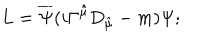
L = \overline { { { \Psi } } } ( i \Gamma \hat { ^ { \mu } } D _ { \hat { \mu } } - m ) \Psi ;